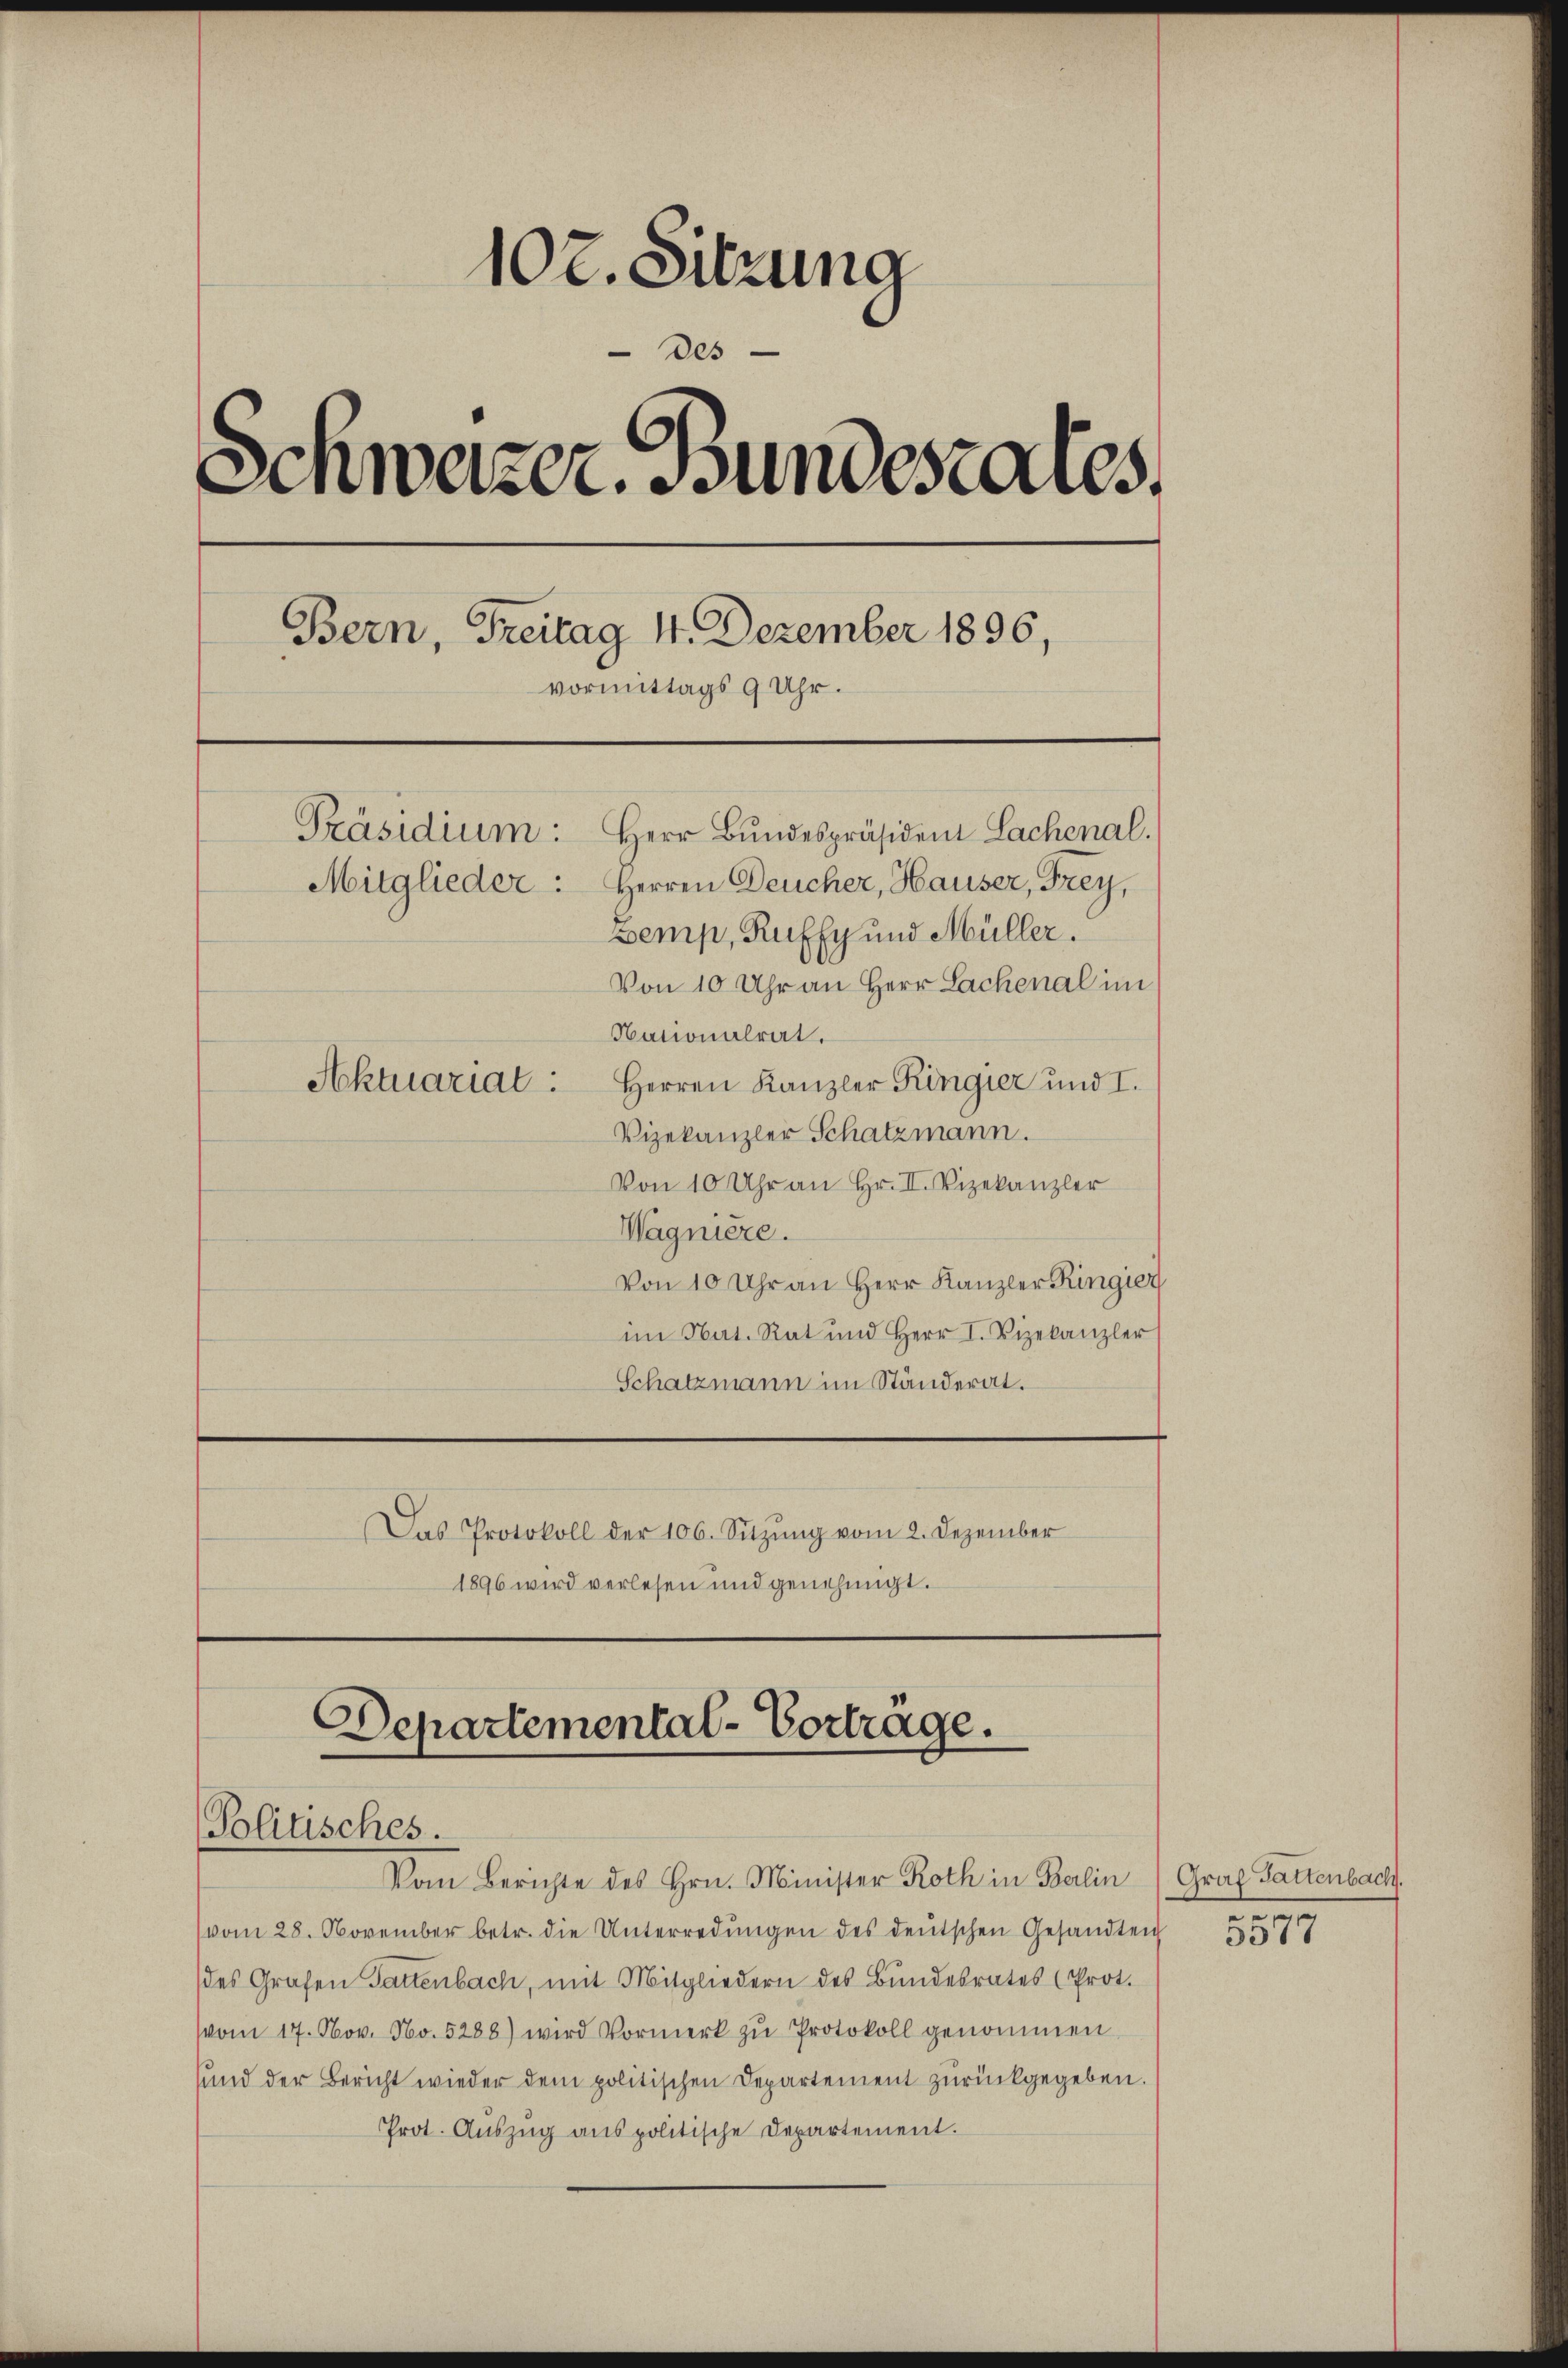
102. Sitzung
des
.
denweizer. Bundestares,
Bern, Freitag 4. Dezember 1896,
vormittags 9 Uhr.
Präsidium:
Herr Bundespräsident Lachenal.
Mitglieder: Herren Deucher, Hauser, Frey,
Zemp, Ruffy und Müller.
Von 10 Uhr an Herr Lachenal im
Nationalrat.
Aktuariat: Herren Kanzler Ringier und I.
Vizekanzler Schatzmann.

Von 10 Uhr an Hr. II. Vizekanzler
Wagniere.
Von 10 Uhr an Herr Kanzler Ringier
im Nat. Rat und Herr I. Vizekanzler
Schatzmann im Ständerat.
Das Protokoll der 106. Sitzŭng vom 2. Dezember
1896 wird verlesen und genehmigt.

Departemental-Vortrage.
Politisches.

Vom Berichte des Hrn. Minister Roth in Berlin (Graf Gattenbach.
vom 28. November betr. die Unterredŭngen des deutschen Gesandteich
des Grafen Gattenbach, mit Mitgliedern des Bŭndesrates (Prot.
(vom 17. Nov. No. 5288) wird Vormerk zu Protokoll genommen
unnd der Bericht wieder dem politischen Departement zurückgegeben.
Prot. Auszug aus politische Departement.

e
de
3311